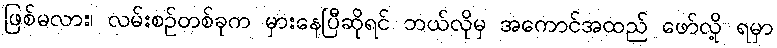
ဖြစ်မလား၊ လမ်းစဉ်တစ်ခုက မှားနေပြီဆိုရင် ဘယ်လိုမှ အကောင်အထည် ဖော်လို့ ရမှာ